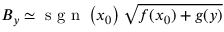
B _ { y } \simeq \mathrm { ~ s ~ g ~ n ~ } \left( x _ { 0 } \right) \sqrt { f ( x _ { 0 } ) + g ( y ) }